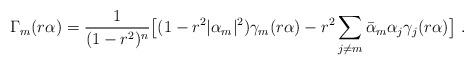
LaTeX: \begin{align*} \Gamma_m(r\alpha) =\frac 1{(1-r^2)^n}\bigl[(1-r^2|\alpha_m|^2) \gamma_m(r\alpha)-r^2\sum_{j\neq m} \bar \alpha_m \alpha_j \gamma_j(r\alpha)\bigr]\ .\end{align*}